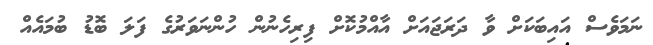
ނަމަވެސް އައިބަކަށް ވާ ދަރަޖައަށް އާއްމުކޮށް ފިރިހެނުން ހުންނަވަރުގެ ފަލަ ބޮޑު ބުމައެއް